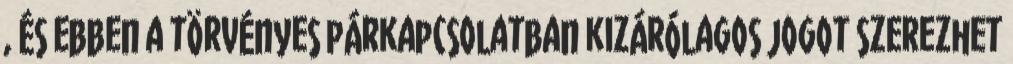
, és ebben a törvényes párkapcsolatban kizárólagos jogot szerezhet